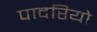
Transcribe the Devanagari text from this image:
पादरियो